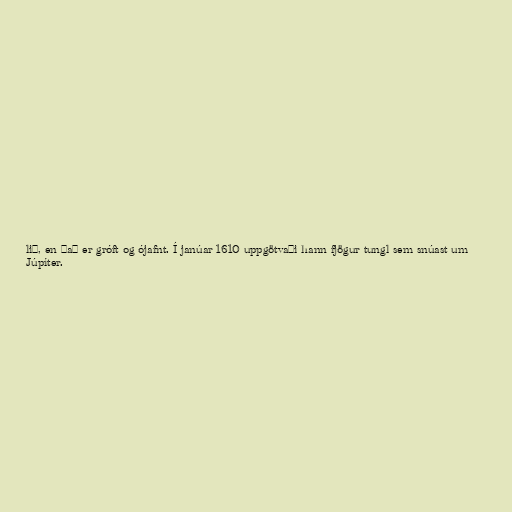
lið, en það er gróft og ójafnt. Í janúar 1610 uppgötvaði hann fjögur tungl sem snúast um
Júpíter.